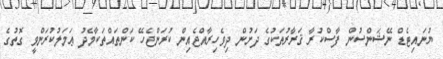
ޔުނައިޓެޑް ނޭޝަންސުން ފާސްކުރާ ޤަރާރުތަކުގެ ދަށުން ދިވެހިރާއްޖެއިން ކުރަންޖެހޭ ކަންތައްތަކާމެދު ޢަމަލުކުރަންވީ ގޮތުގެ